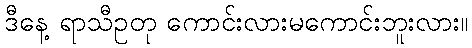
ဒီနေ့ ရာသီဥတု ကောင်းလားမကောင်းဘူးလား။